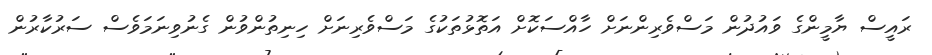
ރައީސް ޔާމީންގެ ވައުދުން މަސްވެރިންނަށް ހާއްސަކޮށް އަތޮޅުތަކުގެ މަސްވެރިނަށް ހިނިތުންވުން ގެނުވިނަމަވެސް ސަރުކާރުން